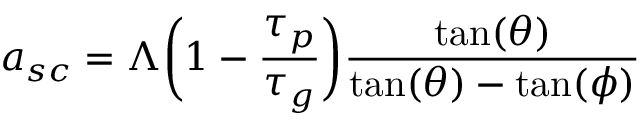
a _ { s c } = \Lambda \bigg ( 1 - \frac { \tau _ { p } } { \tau _ { g } } \bigg ) \frac { \tan ( \theta ) } { \tan ( \theta ) - \tan ( \phi ) }